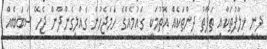
ދީނީ ޚިލާފުތަކާއި ތަފާތު ދީންތަކެއް އޮތުމަކީ ގައުމެއްގެ ހަމަޖެހުން ގެއްލިގެންދާން ޖެހޭ ސަބަބެއް